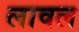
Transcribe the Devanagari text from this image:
लावल